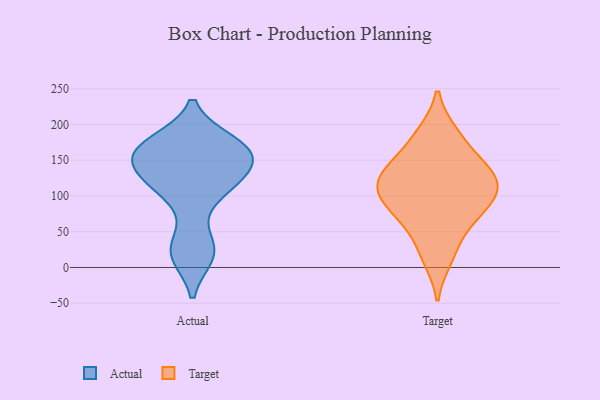
{"axis": {"x": "Tickets Resolved", "y": "Value"}, "legend": ["Actual", "Target"], "data": [{"x": "", "y": 23, "type": "Actual"}, {"x": "", "y": 158, "type": "Actual"}, {"x": "", "y": 18, "type": "Actual"}, {"x": "", "y": 117, "type": "Actual"}, {"x": "", "y": 144, "type": "Actual"}, {"x": "", "y": 167, "type": "Actual"}, {"x": "", "y": 123, "type": "Actual"}, {"x": "", "y": 168, "type": "Actual"}, {"x": "", "y": 174, "type": "Actual"}, {"x": "", "y": 156, "type": "Actual"}, {"x": "", "y": 123, "type": "Actual"}, {"x": "", "y": 27, "type": "Actual"}, {"x": "", "y": 166, "type": "Actual"}, {"x": "", "y": 101, "type": "Actual"}, {"x": "", "y": 111, "type": "Target"}, {"x": "", "y": 110, "type": "Target"}, {"x": "", "y": 187, "type": "Target"}, {"x": "", "y": 100, "type": "Target"}, {"x": "", "y": 129, "type": "Target"}, {"x": "", "y": 24, "type": "Target"}, {"x": "", "y": 13, "type": "Target"}, {"x": "", "y": 69, "type": "Target"}, {"x": "", "y": 73, "type": "Target"}, {"x": "", "y": 91, "type": "Target"}, {"x": "", "y": 157, "type": "Target"}, {"x": "", "y": 187, "type": "Target"}, {"x": "", "y": 138, "type": "Target"}, {"x": "", "y": 144, "type": "Target"}, {"x": "", "y": 115, "type": "Target"}, {"x": "", "y": 67, "type": "Target"}, {"x": "", "y": 121, "type": "Target"}]}